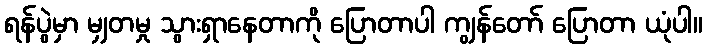
ရန်ပွဲမှာ မျှတမှု သွားရှာနေတာကို ပြောတာပါ ကျွန်တော် ပြောတာ ယုံပါ။